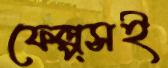
ফেল্প্সই